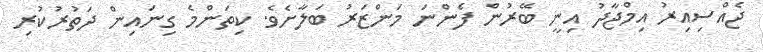
ޖެއްސިއިރު އިމްޖާދު އިނީ ބޭރުން ފެންނަ މަންޒަރު ބަލާށެވެ. ކިތަންމެ ގިނައިން ދަތުރުކުރި